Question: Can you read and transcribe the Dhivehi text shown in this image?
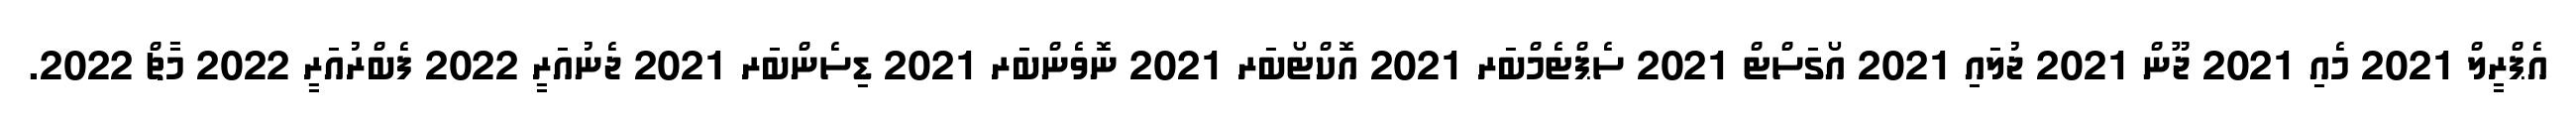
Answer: އެޕްރީލް 2021 މެއި 2021 ޖޫން 2021 ޖުލައި 2021 އޯގަސްޓް 2021 ސެޕްޓެމްބަރ 2021 އޮކްޓޯބަރ 2021 ނޮވެންބަރ 2021 ޑިސެންބަރ 2021 ޖެނުއަރީ 2022 ފެބްރުއަރީ 2022 މާޗް 2022.